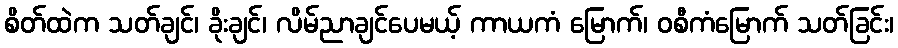
စိတ်ထဲက သတ်ချင်၊ ခိုးချင်၊ လိမ်ညာချင်ပေမယ့် ကာယကံ မြောက်၊ ဝစီကံမြောက် သတ်ခြင်း၊